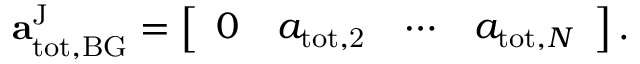
\begin{array} { r } { \mathbf { a } _ { \mathrm { t o t , B G } } ^ { \mathrm { J } } = \left[ \begin{array} { l l l l } { 0 } & { a _ { \mathrm { t o t , 2 } } } & { \cdots } & { a _ { \mathrm { t o t } , N } } \end{array} \right] . } \end{array}